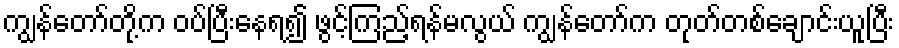
ကျွန်တော်တို့က ဝပ်ပြီးနေရ၍ ဖွင့်ကြည့်ရန်မလွယ် ကျွန်တော်က တုတ်တစ်ချောင်းယူပြီး